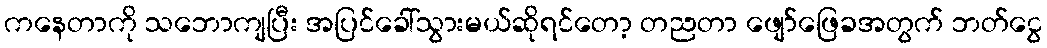
ကနေတာကို သဘောကျပြီး အပြင်ခေါ်သွားမယ်ဆိုရင်တော့ တညတာ ဖျော်ဖြေခအတွက် ဘတ်ငွေ